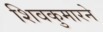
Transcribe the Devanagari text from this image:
शिवकुमारने